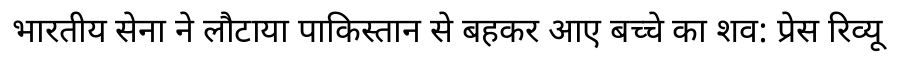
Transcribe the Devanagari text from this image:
भारतीय सेना ने लौटाया पाकिस्तान से बहकर आए बच्चे का शव: प्रेस रिव्यू